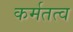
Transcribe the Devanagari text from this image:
कर्मतत्व